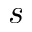
s